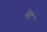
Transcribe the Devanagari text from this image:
ग्रेट्